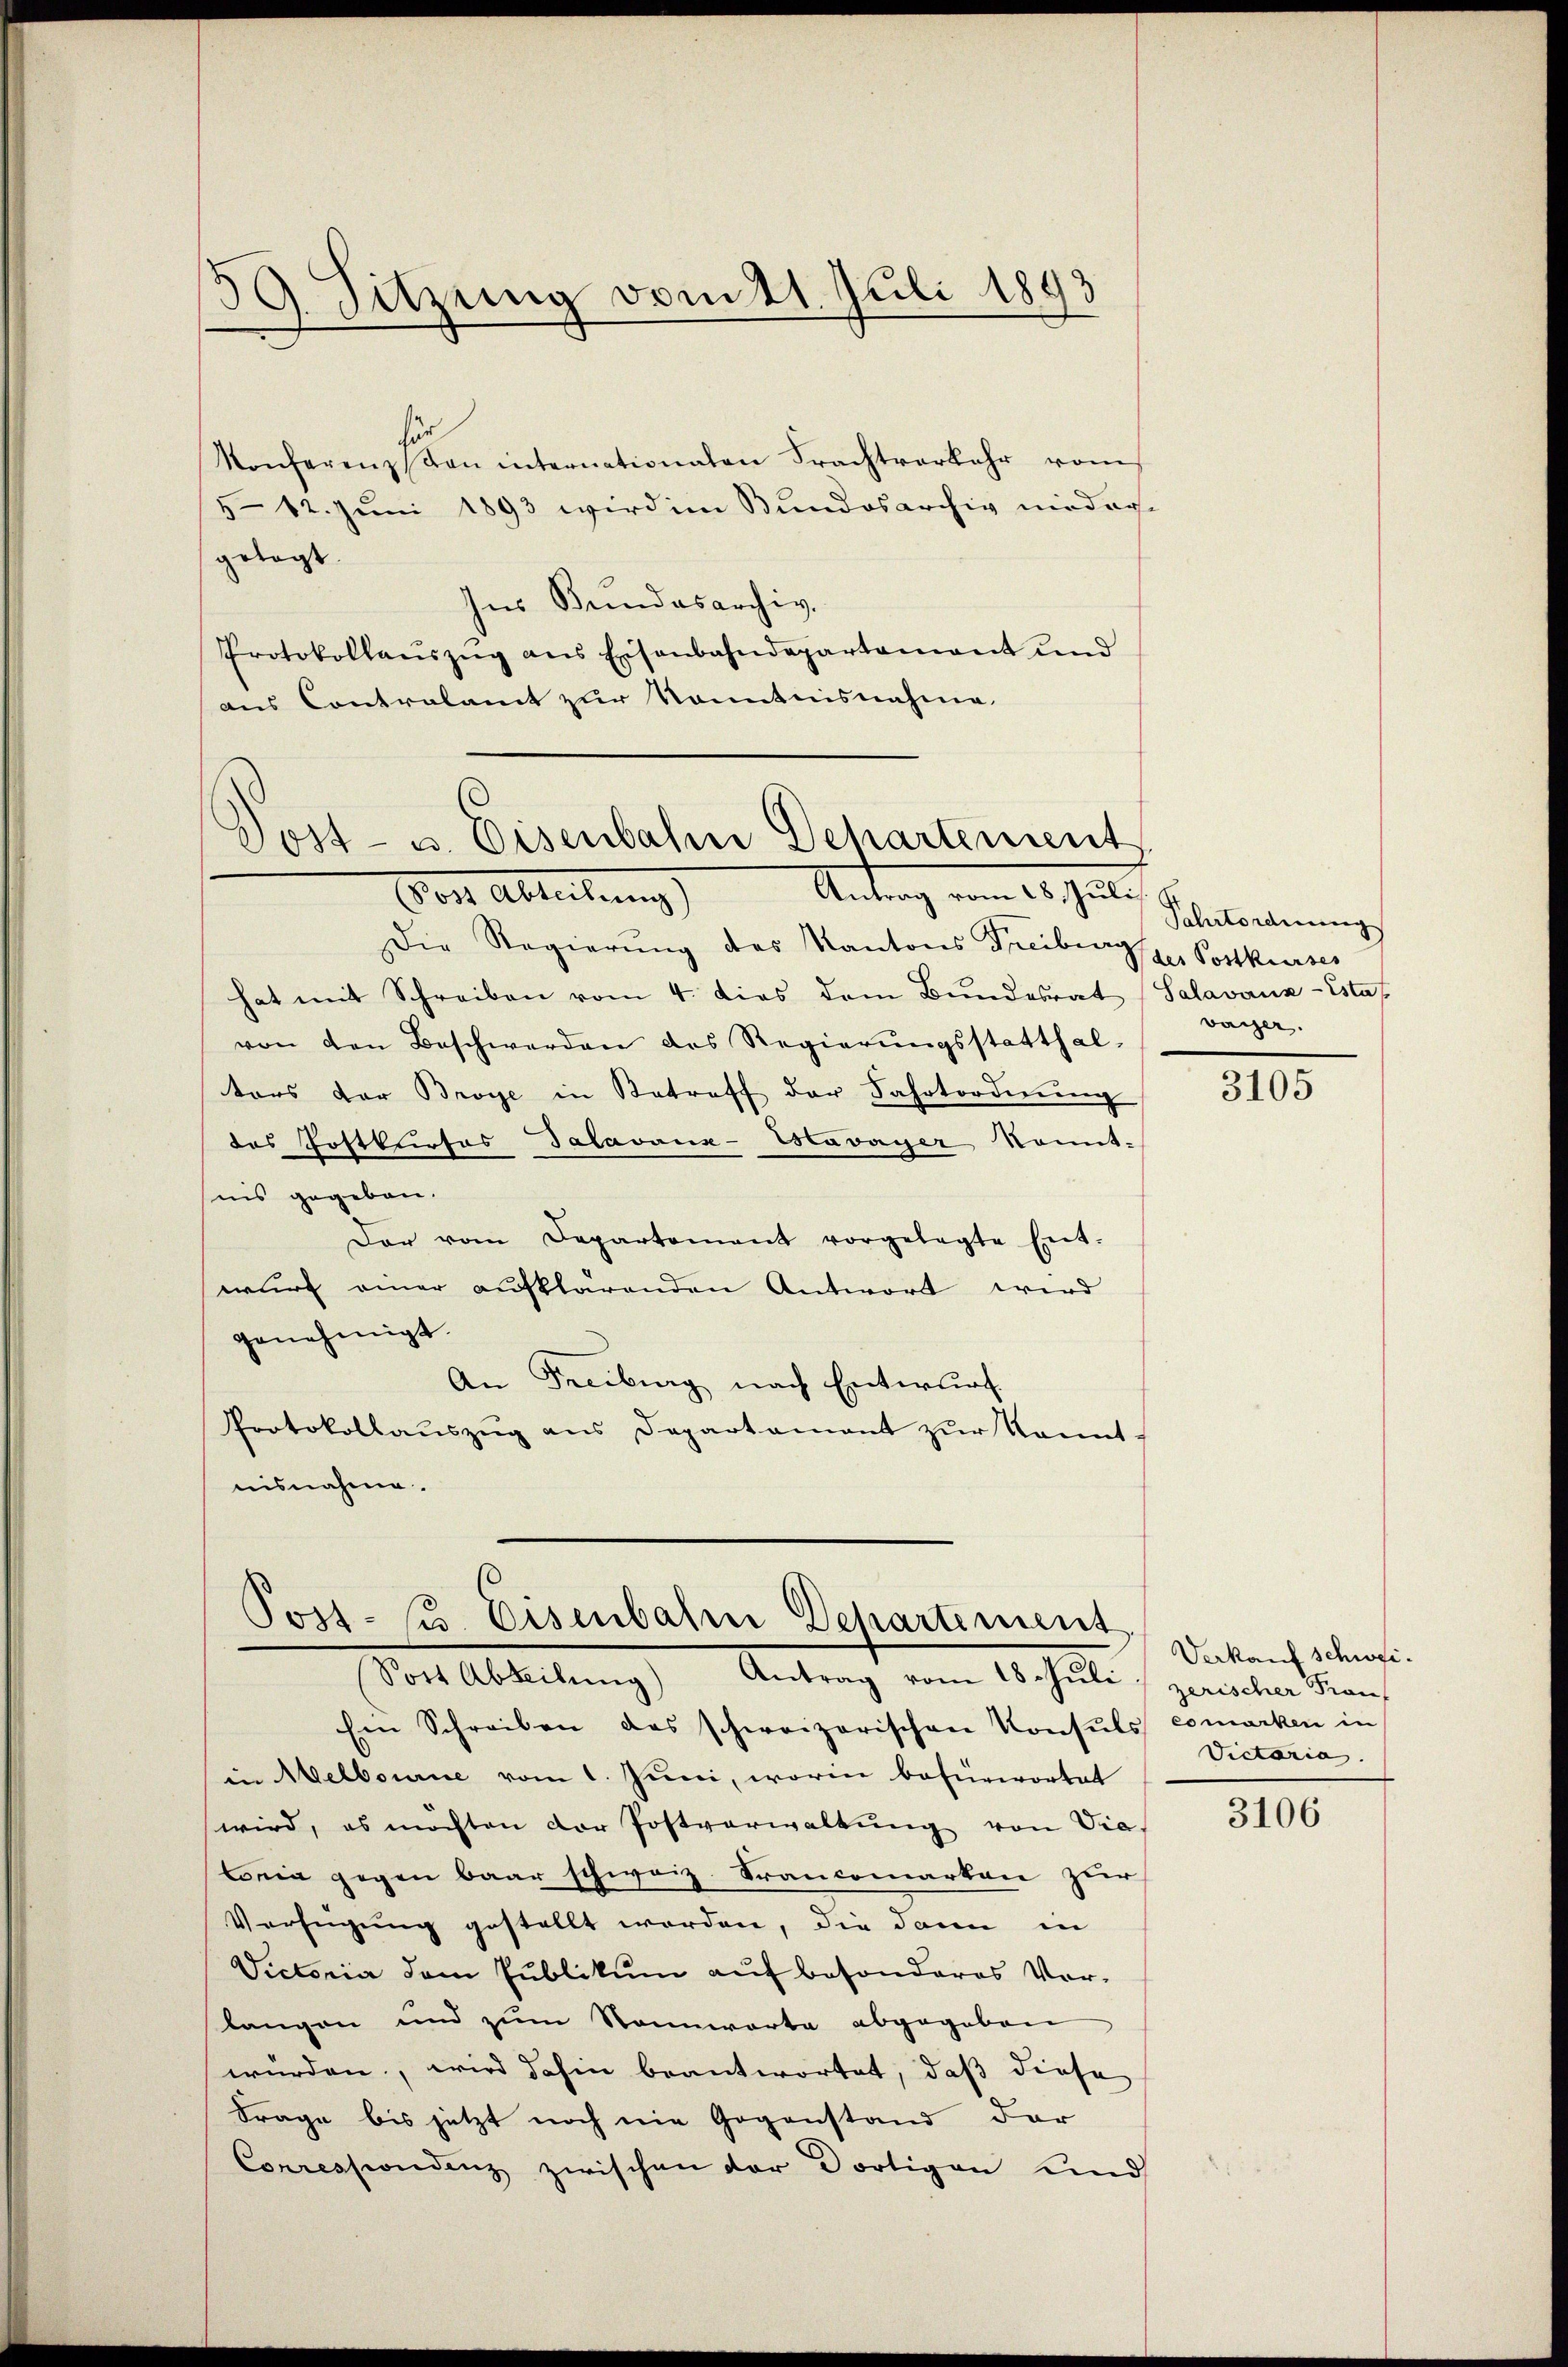
59. Sitzung vom 21. Juli 1893

für
Konferenz von internationalen Frachtverkehr vom
5-12. Juni 1893 wird im Bundesarchiv nieder
getagt.
Ins Bundesarchiv.
Protokollaŭszŭg ans Eisenbahndepartamant und
aus Contralamt zur Kenntnisnahme

Post- u. Eisenbahn Departement
Antrag vom 18. Juli
Vor Abteilung)

Die Regierung des Kantons Freiburger Postkurses
hat mit Schreiben vom 4. dies dem Bundesrat (Salavaux-Estaf
von den Beschwerden des Regierŭngsstatthal-
tors der Broye in Betreff der Fahrtordnŭng
das Postkrites Talavaux-Estavayer konnt.
sins gegeben.
Der vom Departement vorgelegte Ent-
wurf einer aufklärenden Antwort wird
genehmigt.
An Freiburg nach Entwurf
Protokollaŭszŭg ans Departament zŭr kannt.
nisnahme.

Post (u. Eisenbahre Departement
Sost Abteilung) Antrag vom 18. Juli / zerischer Fran¬

Fahrtordnung
vayer.

Ein Schreiben das schweizerischen Konsuls comarken in
in Melbourne vom 1. Juni, worin befürwortet
wird, es möchten der Postverwaltŭng von Vie
Conia gegen baar schweiz. Francomarten zur
Verfügung gestellt werden, die dann in
Victoria dem Publikum auf besonderes Vor-
langen und zum Nennwarte abgegeben
würden, wird dahin beantwortet, daß diese
Frage bis jetzt noch nie Gegenstand der
Corressiondenz zwischen der dortigen und

3105

Verkauf schwei
Victoria.

3106